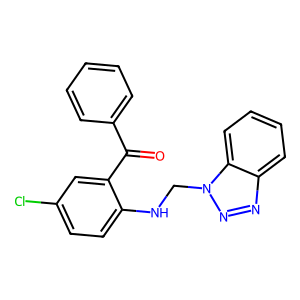
SMILES: O=C(c1ccccc1)c1cc(Cl)ccc1NCn1nnc2ccccc21
Inhibits HIV replication: No